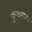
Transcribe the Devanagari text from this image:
कुशलराय